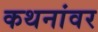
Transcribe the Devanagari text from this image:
कथनांवर